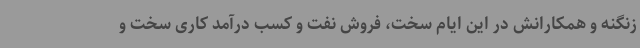
زنگنه و همکارانش در این ایام سخت، فروش نفت و کسب درآمد کاری سخت و